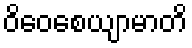
ဝိဝေစေယျာမာတိ